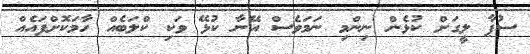
ސުޕާ ލީގަށް ކުޅެން ނިންމި ނަމަވެސް އޭނާ ކުޅޭ ވަކި ކްލަބެއް ހާމަކޮށްފައެއް